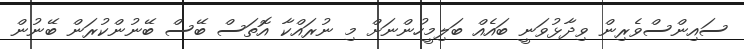
ސައިންސްވެރިން ވިދާޅުވަނީ ބައެއް ބަލިމީހުންނަށް މި ނުރައްކާ އޮތަސް ބޭސް ބޭނުންކުރަން ބޭނުން